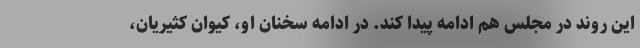
این روند در مجلس هم ادامه پیدا کند. در ادامه سخنان او، کیوان کثیریان،